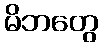
မိဘတွေ